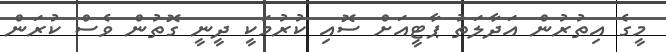
މީގެ އިތުރުން އަދާލަތު ޕާޓީއަށް ސޮއި ކުރުމަކީ ދީނީ ގޮތުން ވެސް ކުރަން